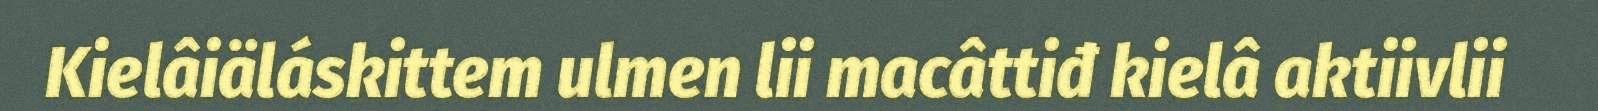
Kielâiäláskittem ulmen lii macâttiđ kielâ aktiivlii